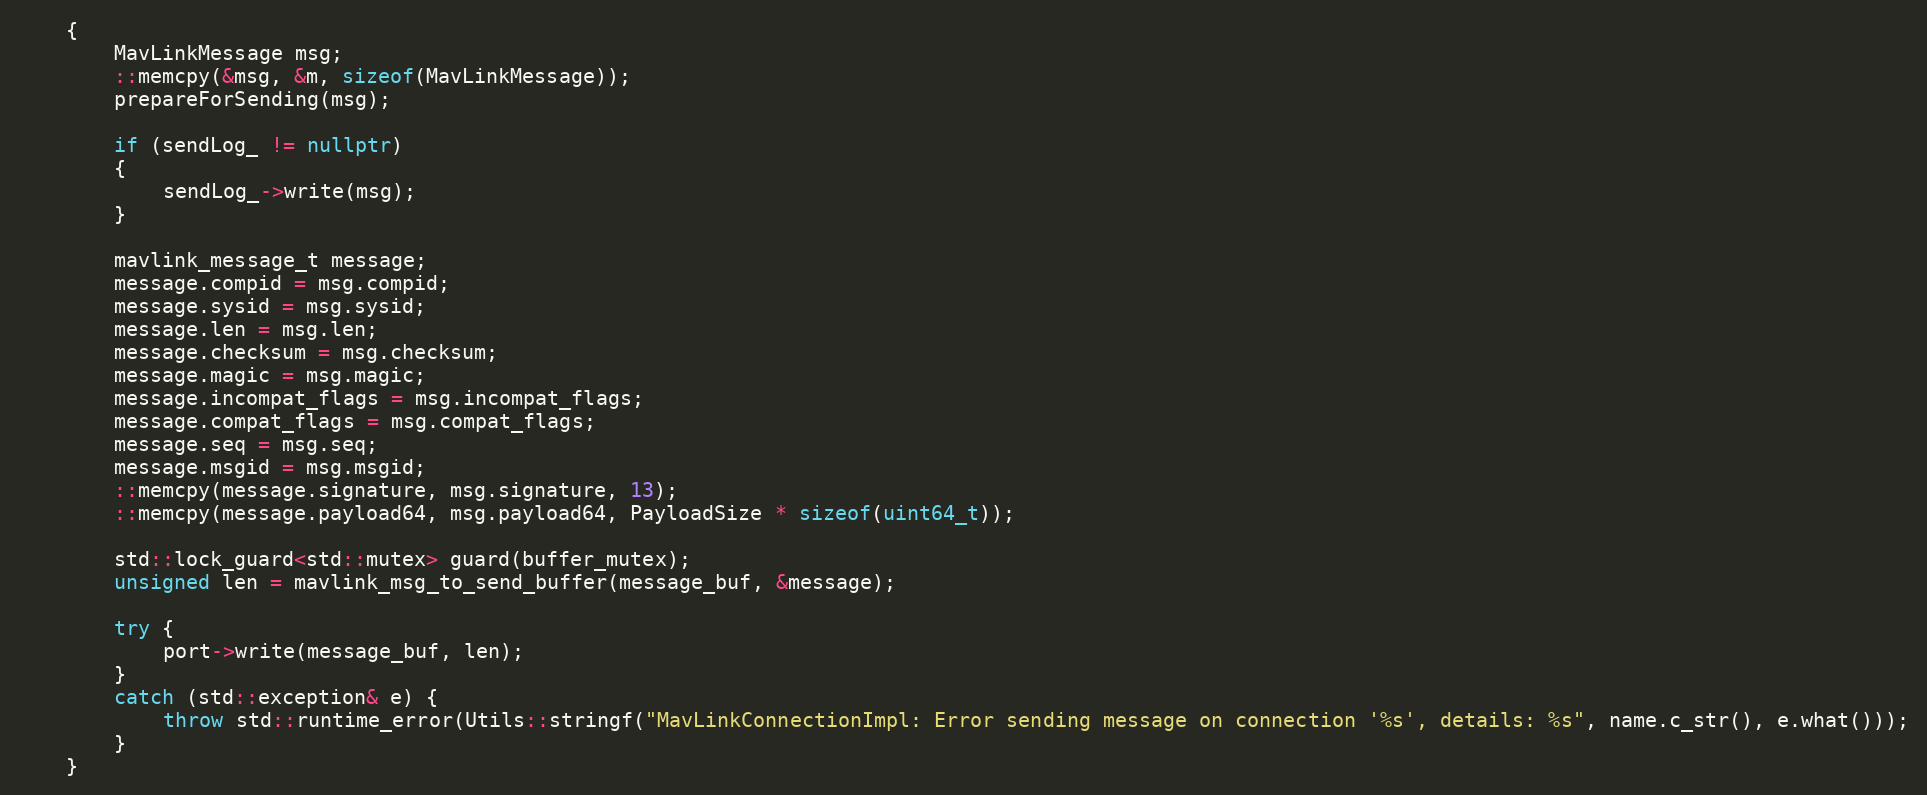
Language: C++
    {
        MavLinkMessage msg;
        ::memcpy(&msg, &m, sizeof(MavLinkMessage));
        prepareForSending(msg);

        if (sendLog_ != nullptr)
        {
            sendLog_->write(msg);
        }

        mavlink_message_t message;
        message.compid = msg.compid;
        message.sysid = msg.sysid;
        message.len = msg.len;
        message.checksum = msg.checksum;
        message.magic = msg.magic;
        message.incompat_flags = msg.incompat_flags;
        message.compat_flags = msg.compat_flags;
        message.seq = msg.seq;
        message.msgid = msg.msgid;
        ::memcpy(message.signature, msg.signature, 13);
        ::memcpy(message.payload64, msg.payload64, PayloadSize * sizeof(uint64_t));

        std::lock_guard<std::mutex> guard(buffer_mutex);
        unsigned len = mavlink_msg_to_send_buffer(message_buf, &message);

        try {
            port->write(message_buf, len);
        }
        catch (std::exception& e) {
            throw std::runtime_error(Utils::stringf("MavLinkConnectionImpl: Error sending message on connection '%s', details: %s", name.c_str(), e.what()));
        }
    }